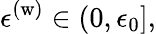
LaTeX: \epsilon^{\mathrm{(w)}}\in(0,\epsilon_{0}],